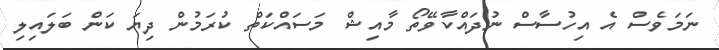
ނަމަވެސް އެ އިހުސާސް ނުދައްކާވޭތޯ މާއިޝް މަސައްކަތް ކުރަމުން ދިޔަ ކަން ބަލައިލި